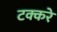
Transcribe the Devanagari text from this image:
टक्करे